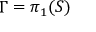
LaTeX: \Gamma = \pi _ { 1 } ( S )